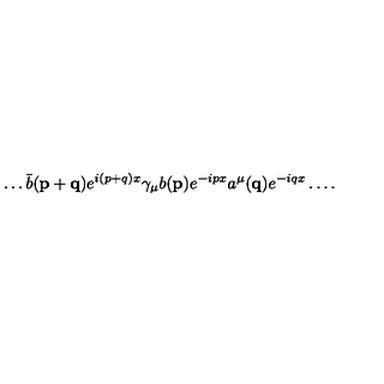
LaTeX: \dots \bar { b } ( { \mathbf { p + q } } ) e ^ { i ( p + q ) x } \gamma _ { \mu } b ( { \mathbf { p } } ) e ^ { - i p x } a ^ { \mu } ( { \mathbf { q } } ) e ^ { - i q x } \dots .